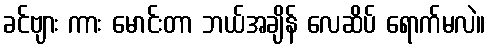
ခင်ဗျား ကား မောင်းတာ ဘယ်အချိန် လေဆိပ် ရောက်မလဲ။